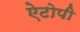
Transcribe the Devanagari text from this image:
ऐटोपी